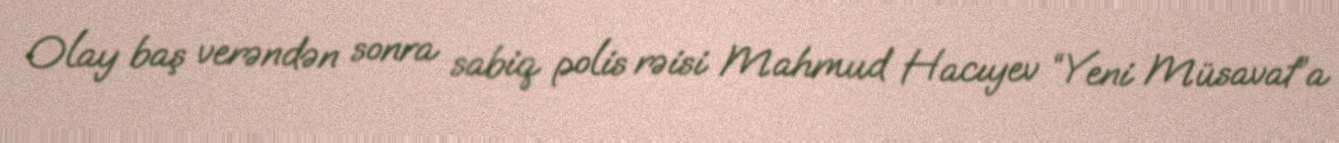
Olay baş verəndən sonra sabiq polis rəisi Mahmud Hacıyev “Yeni Müsavat”a